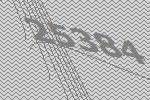
25384